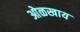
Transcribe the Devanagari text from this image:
ओळखाय